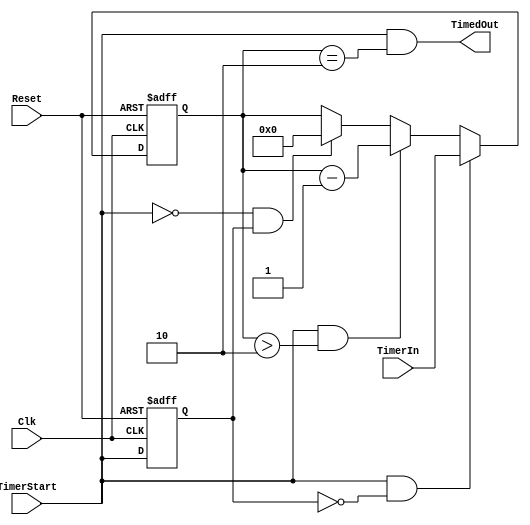
module matrix_timer(Clk, Reset, TimerIn, TimerStart, TimedOut);
// TimerIn .GT. 1

parameter Tp = 1;

input Clk;
input Reset;
input [15:0] TimerIn;
input TimerStart; 
output TimedOut;

reg [15:0] Timer;

wire TimerCntGT2;
wire TimerCntEQ2;
assign TimerCntGT2 = TimerStart & (Timer > 16'h0002);
assign TimerCntEQ2 = TimerStart & (Timer == 16'h0002);

reg TimerStart_q;

always @(posedge Clk or posedge Reset)
begin
   if(Reset)
      TimerStart_q <= #Tp 1'b0;
   else
      TimerStart_q <= #Tp TimerStart;
end

wire TimerLoad;
assign TimerLoad = (TimerStart & ~TimerStart_q); 

wire TimerClear;
assign TimerClear = (~TimerStart & TimerStart_q); 

always @(posedge Clk or posedge Reset)
begin
   if(Reset)
      begin
         Timer <= #Tp 16'h0000;
      end
   else
   if(TimerLoad)
      begin
         Timer <= #Tp TimerIn;
      end
   else
   if(TimerCntGT2)
      begin
         Timer <= #Tp Timer - 1;
      end
   else
   if(TimerClear)
      begin
         Timer <= #Tp 16'h0000; 
      end
end

assign TimedOut = TimerCntEQ2;

endmodule